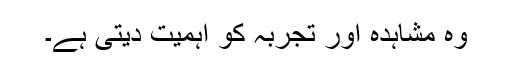
وہ مشاہدہ اور تجربہ کو اہمیت دیتی ہے۔